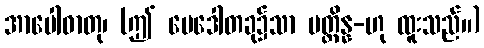
အာပေါဓာတု၊ (ဤ မေဒေါတခု၌သာ ပတ္တိန္န-ဟု ထူးသည်။)